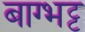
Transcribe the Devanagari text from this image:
बाग्भट्ट